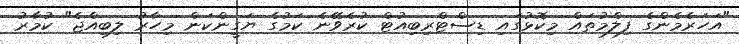
"އަހަރެމެންގެ ފިލްމުތައް މިކޮޅުގައި ޑިސްޓްރިބިއުޓް ކުރެވޭނެ ކަމުގެ ޔަގީންކަން މިހާރު ލިބިއްޖެ" ކުމާރު